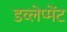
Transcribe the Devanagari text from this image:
डव्लेप्मेंट